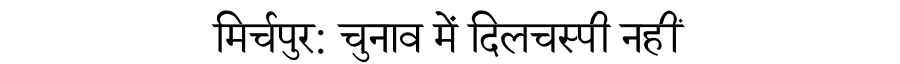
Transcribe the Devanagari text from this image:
मिर्चपुर: चुनाव में दिलचस्पी नहीं